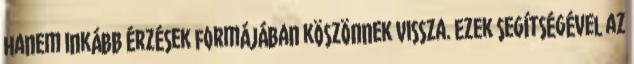
hanem inkább érzések formájában köszönnek vissza. Ezek segítségével az